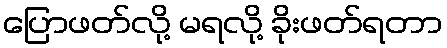
ပြောဖတ်လို့ မရလို့ ခိုးဖတ်ရတာ